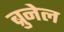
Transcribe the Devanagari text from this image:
ब्रुनेल